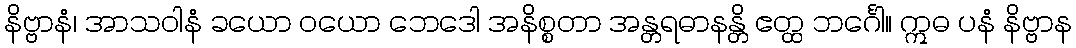
နိဗ္ဗာနံ၊ အာသဝါနံ ခယော ဝယော ဘေဒေါ အနိစ္စတာ အန္တရဓာနန္တိ ဧတ္ထ ဘင်္ဂေါ။ ဣဓ ပနံ နိဗ္ဗာန